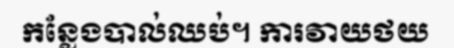
កន្លែងបាល់ឈប់។ ការវាយថយ